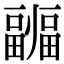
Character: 疈